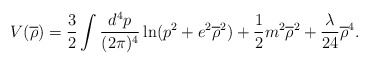
\begin{align*}V(\overline{\rho})=\frac{3}{2}\int\frac{d^{4}p}{(2\pi)^{4}}\ln(p^{2}+e^{2}\overline{\rho}^{2})+\frac{1}{2}m^{2}\overline{\rho}^{2}+\frac{\lambda}{24}\overline{\rho}^{4}.\end{align*}